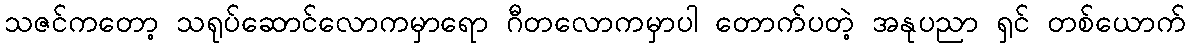
သဇင်ကတော့ သရုပ်ဆောင်လောကမှာရော ဂီတလောကမှာပါ တောက်ပတဲ့ အနုပညာ ရှင် တစ်ယောက်